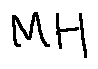
M H